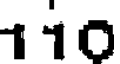
110